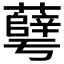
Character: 𰲓